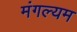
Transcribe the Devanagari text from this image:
मंगल्यम